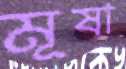
মূষা